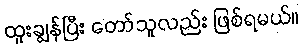
ထူးချွန်ပြီး တော်သူလည်း ဖြစ်ရမယ်။